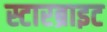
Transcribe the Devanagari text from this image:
स्टारब्राइट